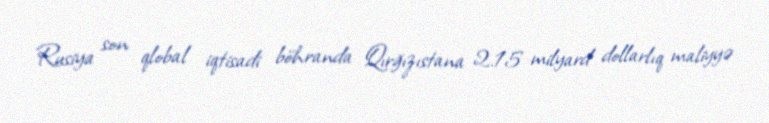
Rusiya son qlobal iqtisadi böhranda Qırğızıstana 2.15 milyard dollarlıq maliyyə